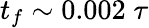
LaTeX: t_{f}\sim 0.002\; \tau